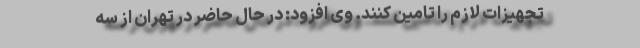
تجهیزات لازم را تامین کنند. وی افزود: در حال حاضر در تهران از سه